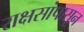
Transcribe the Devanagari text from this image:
राक्षसांपासून